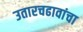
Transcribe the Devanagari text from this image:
उतारचढावांचा